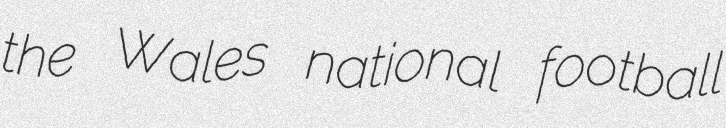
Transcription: the Wales national football